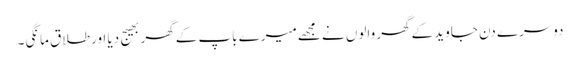
دوسرے دن جاوید کےگھر والوں نے مجھےمیرے باپ کےگھر بھیج دیا اورطلاق مانگی۔